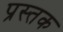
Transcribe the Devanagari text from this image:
प्रस्तक